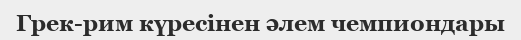
Грек-рим күресінен әлем чемпиондары